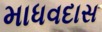
માધવદાસ